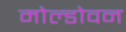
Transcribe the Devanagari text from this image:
मोल्डोवन